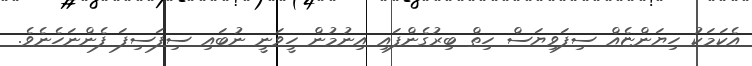
އެކަމަކު ހިޔަންޏެއް ސިފަވިޔަސް ހިތް ބިރުގެންފައި އިނުމުން ހީވަނީ ނުބައި ސިފަސިފަ ފެންނަހެނެވެ.